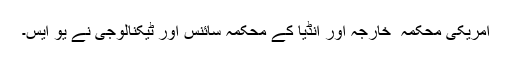
امریکی محکمہ ٔ خارجہ اور انڈیا کے محکمۂ سائنس اور ٹیکنالوجی نے یو ایس۔